画像に写った文字を読んでください
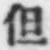
「但」と書いてあります